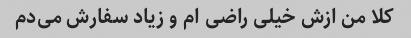
کلا من ازش خیلی راضی ام و زیاد سفارش می‌دم